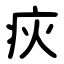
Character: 疢